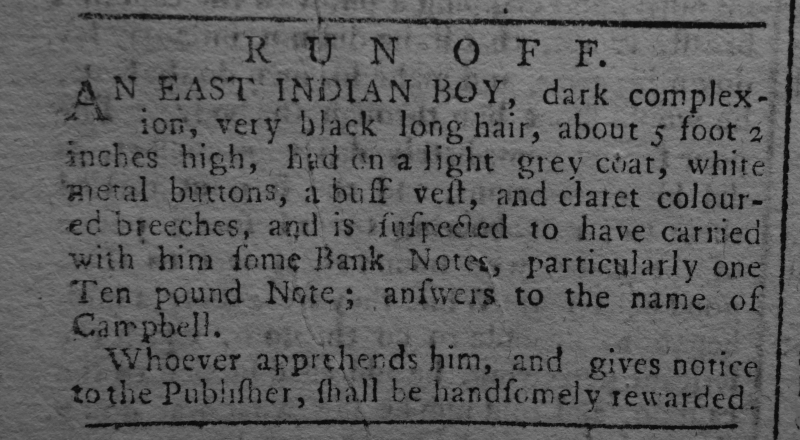
Edinburgh Advertiser, 26 May 1775 (Scotland)
                RUN OFF. AN EAST INDIAN BOY, dark complexion, very black long hair, about 5 foot 2 inches high, had on a light grey coat, white metal buttons, a buff vest, and claret coloured breeches, and is suspected to have carried with him some Bank Notes, particularly one Ten pound Note; answers to the name of Campbell.  Whoever apprehends him, and gives notice to the Publisher, shall be handsomely rewarded.